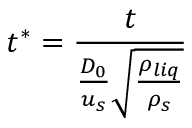
t ^ { * } = \frac { t } { \frac { D _ { 0 } } { u _ { s } } \sqrt { \frac { \rho _ { l i q } } { \rho _ { s } } } }